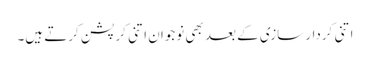
اتنی کردار سازی کے بعد بھی نوجوان اتنی کرپشن کرتے ہیں۔